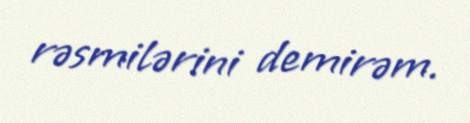
rəsmilərini demirəm.